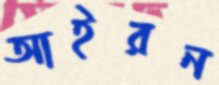
আইরন